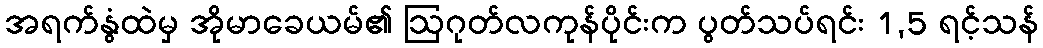
အရက်နွံထဲမှ အိုမာခေယမ်၏ ဩဂုတ်လကုန်ပိုင်းက ပွတ်သပ်ရင်း 1,5 ရင့်သန်